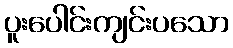
ပူးပေါင်းကျင်းပသော